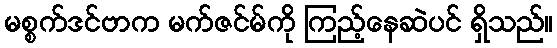
မစ္စက်ဒင်ဗာက မက်ဇင်မ်ကို ကြည့်နေဆဲပင် ရှိသည်။